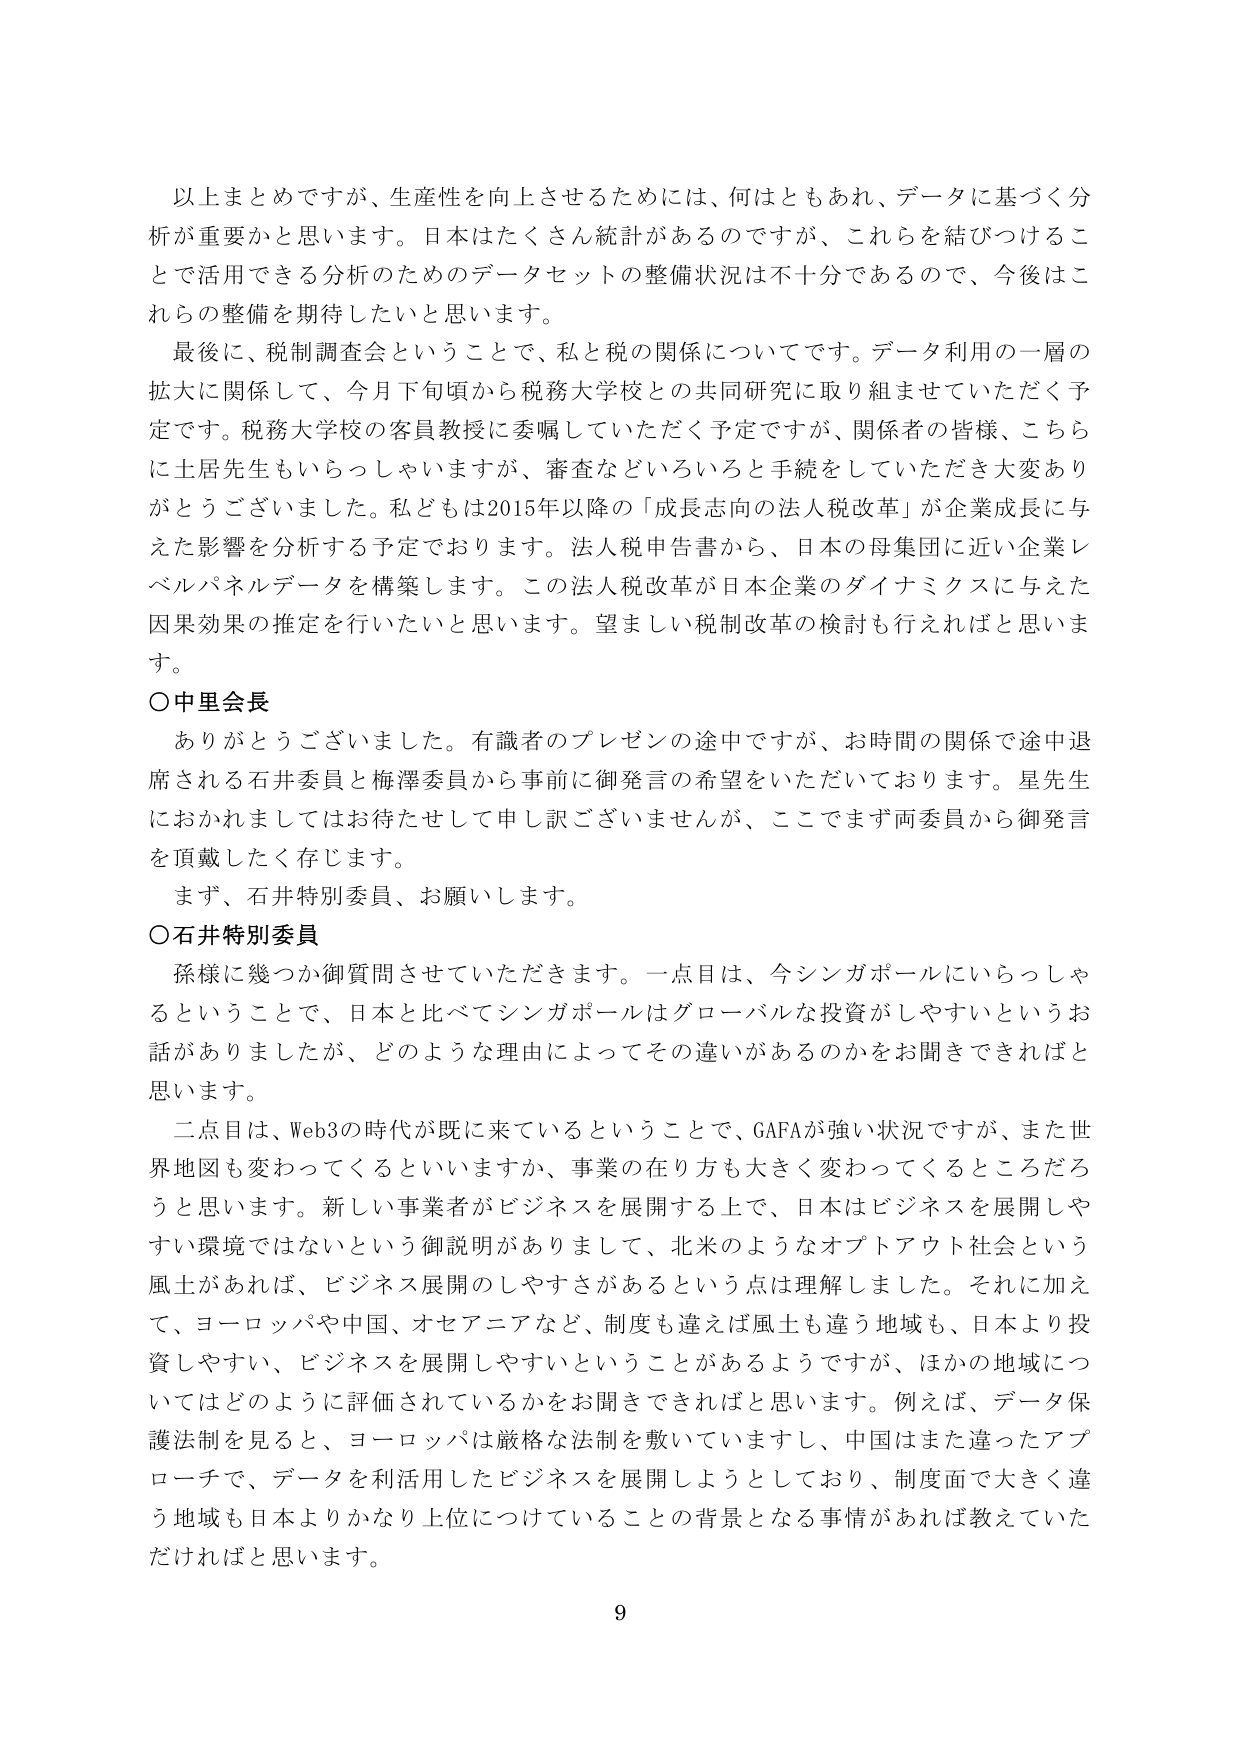
以上まとめですが、生産性を向上させるためには、何はともあれ、データに基づく分析が重要だと思います。日本はたくさん統計があるのですが、これらを結びつけることで活用できる分析のためのデータセットの整備状況は不十分であるので、今後はこれらの整備を期待したいと思います。

最後に、税制調査会ということで、私と税の関係についてです。データ利用の一層の拡大に関係して、今月下旬頃から税務大学校との共同研究に取り組ませていただく予定です。税務大学校の客員教授に委嘱していただく予定ですが、関係者の皆様、こちらに土居先生もいらっしゃいますが、審査などいろいろと手続をしていただき大変ありがとうございました。私どもは2015年以降の「成長志向の法人税改革」が企業成長に与えた影響を分析する予定でおります。法人税申告書から、日本の母集団に近い企業レベルパネルデータを構築します。この法人税改革が日本企業のダイナミクスに与えた因果効果の推定を行いたいと思います。望ましい税制改革の検討も行えればと思います。

○中里会長

ありがとうございました。有識者のプレゼンの途中ですが、お時間の関係で途中退席される石井委員と梅澤委員から事前に御発言の希望をいただいております。星先生におかれましてはお待たせして申し訳ございませんが、ここでまず両委員から御発言を頂戴したく存じます。

まず、石井特別委員、お願いします。

○石井特別委員

孫様に幾つか御質問させていただきます。一点目は、今シンガポールにいらっしゃるということで、日本と比べてシンガポールはグローバルな投資がしやすいというお話がありましたたが、どのような理由によってその違いがあるのかをお聞きできればと思います。

二点目は、Web3の時代が既に来ているということで、GAFAが強い状況ですが、また世界地図も変わってくるといいますか、事業の在り方も大きく変わってくるところだろうと思います。新しい事業者がビジネスを展開する上で、日本はビジネスを展開しやすい環境ではないという御説明がありまして、北米のようなオプトアウト社会という風土があれば、ビジネス展開のしやすさがあるという点は理解しました。それに加えて、ヨーロッパや中国、オセアニアなど、制度も違えば風土も違う地域も、日本より投資しやすい、ビジネスを展開しやすいということがあるようですが、ほかの地域についてはどのように評価されているかをお聞きできればと思います。例えば、データ保護法制を見ると、ヨーロッパは厳格な法制を敷いていますし、中国はまた違ったアプローチで、データを利活用したビジネスを展開しようとしており、制度面で大きく違う地域も日本よりかなり上位につけていることの背景となる事情があれば教えていただければと思います。

9